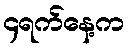
၄ရက်နေ့က